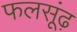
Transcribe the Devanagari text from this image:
फलसूंढ़